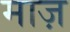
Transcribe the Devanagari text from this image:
माज़